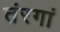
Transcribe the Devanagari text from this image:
तंरगां